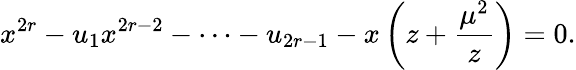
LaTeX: x^{2r}-u_{1}x^{2r-2}-\cdots-u_{2r-1}-x\left(z+{\frac{\mu^{2}}{z}}\right)=0.